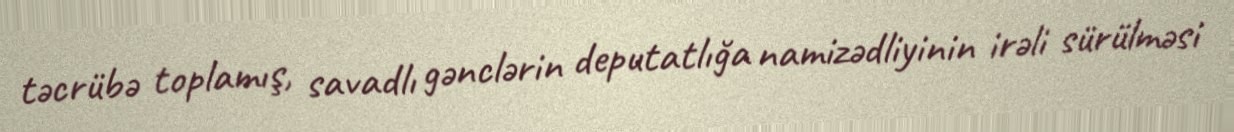
təcrübə toplamış, savadlı gənclərin deputatlığa namizədliyinin irəli sürülməsi